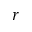
r